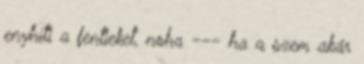
enyhíti a fentieket, noha --- ha a szem akár